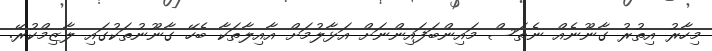
މިހާރު އިތުރު ގާނޫނެއް ނެތަސް މައިންބަފައިންނަށް އަޅާލުމަށް އާއިލާތަކާ ބެހޭ ގާނޫނުތަކުގައި ލާޒިމްކުރޭ.